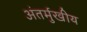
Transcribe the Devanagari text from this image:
अंतर्मुखीय